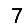
Digit: 7